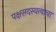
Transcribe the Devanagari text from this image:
पक्षसदस्यत्वाचा